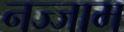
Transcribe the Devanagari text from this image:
नज्जाम